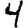
Digit: 4